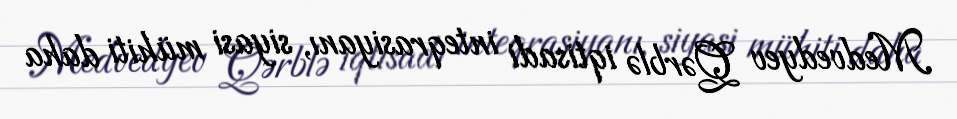
Medvedyev Qərblə iqtisadi inteqrasiyanı, siyasi mühiti daha